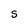
Character: S